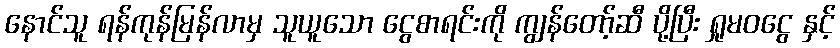
နောင်သူ ရန်ကုန်မြန်လာမှ သူယူသော ငွေစာရင်းကို ကျွန်တော့်ဆီ ပို့ပြီး ရှုမဝငွေ နှင့်